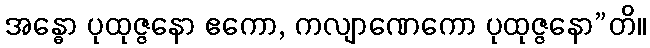
အန္ဓော ပုထုဇ္ဇနော ဧကော, ကလျာဏေကော ပုထုဇ္ဇနော”တိ။